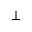
\bot